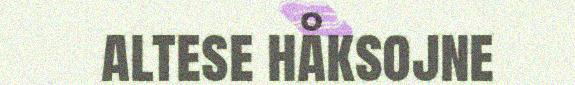
altese håksojne